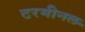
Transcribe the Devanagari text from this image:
टरमीनल